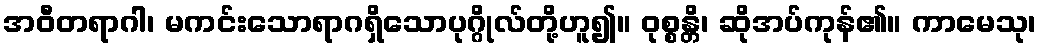
အဝီတရာဂါ၊ မကင်းသောရာဂရှိသောပုဂ္ဂိုလ်တို့ဟူ၍။ ဝုစ္စန္တိ၊ ဆိုအပ်ကုန်၏။ ကာမေသု၊